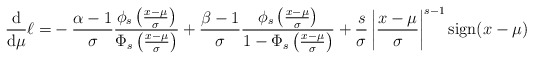
\begin{align*}\frac{\mathrm{d}}{\mathrm{d}\mu}\ell=&-\frac{\alpha-1}{\sigma}\frac{\phi_s\left(\frac{x-\mu}{\sigma}\right)}{\Phi_s\left(\frac{x-\mu}{\sigma}\right)}+\frac{\beta-1}{\sigma}\frac{\phi_s\left(\frac{x-\mu}{\sigma}\right)}{1-\Phi_s\left(\frac{x-\mu}{\sigma}\right)}+\frac{s}{\sigma}\left|\frac{x-\mu}{\sigma}\right|^{s-1}\mathrm{sign}(x-\mu)\end{align*}